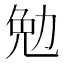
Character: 勉